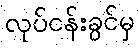
လုပ်ငန်းခွင်မှ